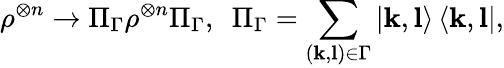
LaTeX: \rho^{\otimes n}\rightarrow\Pi_{\Gamma}\rho^{\otimes n}\Pi_{\Gamma},~~\Pi_{\Gamma}=\sum_{(\mathbf{k},\mathbf{l})\in\Gamma}\left\vert\mathbf{k},\mathbf{l}\right\rangle\left\langle\mathbf{k},\mathbf{l}\right\vert,